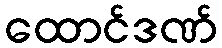
ထောင်ဒဏ်